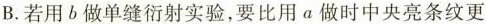
B.若用b做单缝衍射实验，要比用a做时中央亮条纹更